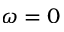
\omega = 0